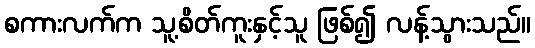
စကားလက်က သူ့စိတ်ကူးနှင့်သူ ဖြစ်၍ လန့်သွားသည်။